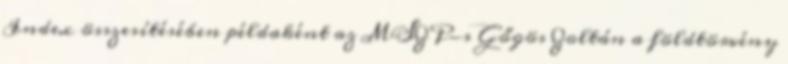
Index összesítésében példaként az MSZP-s Gőgös Zoltán a földtörvény